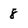
Character: 8